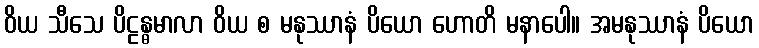
ဝိယ သီသေ ပိဠန္ဓမာလာ ဝိယ စ မနုဿာနံ ပိယော ဟောတိ မနာပေါ။ အမနုဿာနံ ပိယော